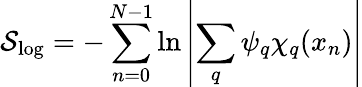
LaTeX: \mathcal{S}_{\mathrm{log}}=-\sum_{n=0}^{N-1}\ln\left|\sum_{q}\psi_{q}\chi_{q}(x_{n})\right|